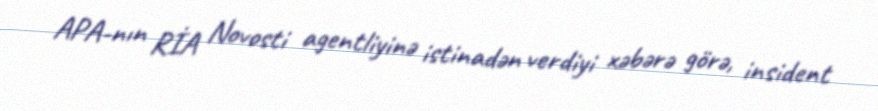
APA-nın RİA Novosti agentliyinə istinadən verdiyi xəbərə görə, insident